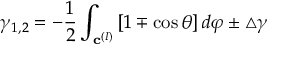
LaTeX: \gamma _ { 1 , 2 } = - \frac 1 2 \int _ { { \bf c } ^ { ( I ) } } \left[ 1 \mp \cos \theta \right] d \varphi \pm \triangle \gamma